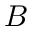
B